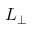
L _ { \perp }